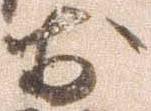
於